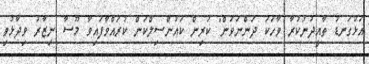
އަޅުގަނޑު ތާއީދުނުކުރާ ވާހަކަ ދަންނަވަން" ކުރިން ކައުންސިލްކަން ކުރައްވާފައިވާ މޫސާ ނިޒާރު ވިދާޅުވި